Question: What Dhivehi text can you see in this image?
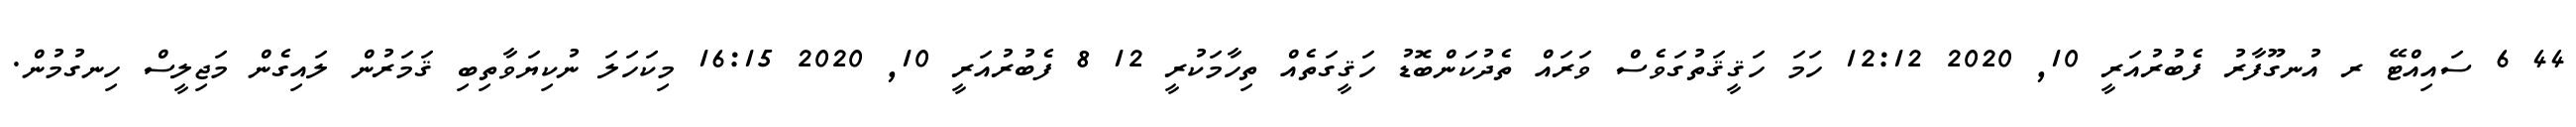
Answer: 44 6 ސައިއްޓޭ ރ އުނގޫފާރު ފެބުރުއަރީ 10, 2020 12:12 ހަމަ ހަޤީޤަތުގަވެސް ވަރައް ތެދުކަންބޮޑު ހަޤީގަތެއް ތިހާމަކުރީ 12 8 ފެބުރުއަރީ 10, 2020 16:15 މިކަހަލަ ނުކިޔަވާތިބި ޤަމަރުން ލައިގެން މަޖިލީސް ހިނގުމުން.